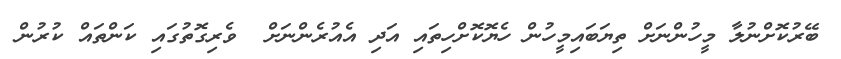
ބޭރުކޮށްނުލާ މީހުންނަށް ތިޔަބައިމީހުން ހެޔޮކޮށްހިތައި އަދި އެއުރެންނަށް  ވެރިގޮތުގައި ކަންތައް ކުރުން